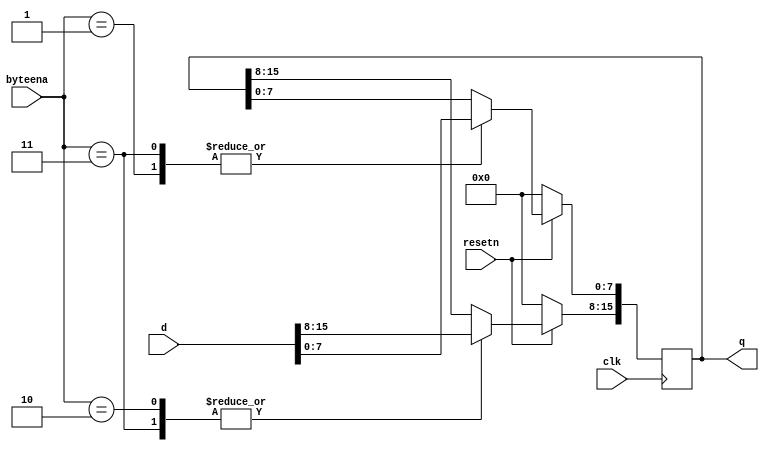
module top_module (
    input clk,
    input resetn,
    input [1:0] byteena,
    input [15:0] d,
    output reg [15:0] q
    );
    always @(posedge clk) begin
        if (!resetn) begin
            q <= 16'h0000;
        end else case (byteena)
            2'b00: ;
            2'b01: q[7:0] <= d[7:0];
            2'b10: q[15:8] <= d[15:8];
            2'b11: q[15:0] <= d[15:0];
            endcase
    end
endmodule